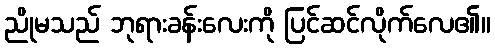
ညိုမသည် ဘုရားခန်းလေးကို ပြင်ဆင်လိုက်လေ၏။